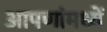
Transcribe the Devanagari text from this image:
आपणांमध्यें